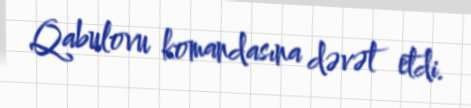
Qabulovu komandasına dəvət etdi.